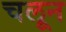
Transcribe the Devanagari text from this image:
चलून